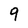
Character: 9